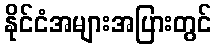
နိုင်ငံအများအပြားတွင်